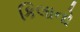
કિલાનો